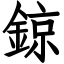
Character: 鍄